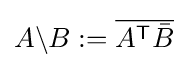
A\backslash B\mathrel {:=} {\overline {A^{\textsf {T}}{\bar {B}}}}